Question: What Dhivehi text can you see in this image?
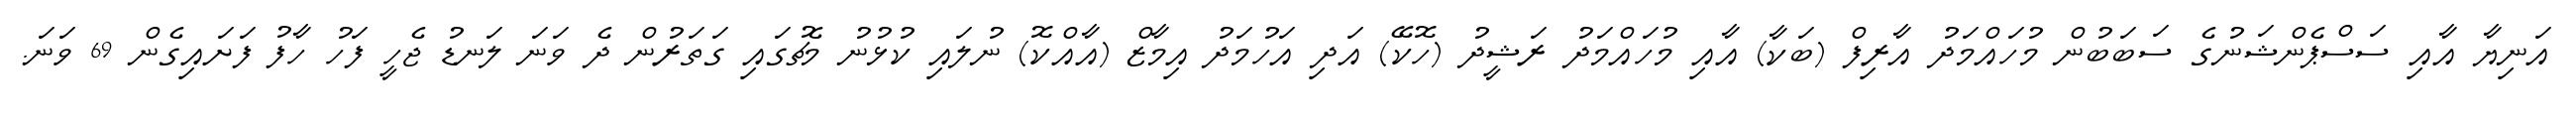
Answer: އަނިޔާ އާއި ސަސްޕެންޝަނުގެ ސަބަބުން މުހައްމަދު އާރިފް (ބަކާ) އާއި މުހައްމަދު ރަޝީދު (ހޮކޭ) އަދި އަހުމަދު އިމާޒް (އާއްކޮ) ނުލައި ކުޅުނު މެޗުގައި ގަތަރުން ދެ ވަނަ ލަނޑު ޖެހީ ފަހު ހާފު ފަށައިގެން 69 ވަނަ.